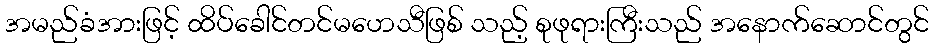
အမည်ခံအားဖြင့် ထိပ်ခေါင်တင်မဟေသီဖြစ် သည့် စုဖုရားကြီးသည် အနောက်ဆောင်တွင်